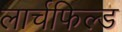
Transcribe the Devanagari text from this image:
लार्चफिल्ड